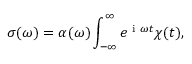
\sigma ( \omega ) = \alpha ( \omega ) \int _ { - \infty } ^ { \infty } e ^ { \textrm { i } \omega t } \chi ( t ) ,